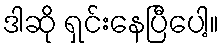
ဒါဆို ရှင်းနေပြီပေါ့။